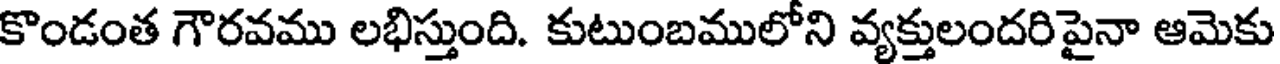
కొండంత గౌరవము లభిస్తుంది. కుటుంబములోని వ్యక్తులందరిపైనా ఆమెకు